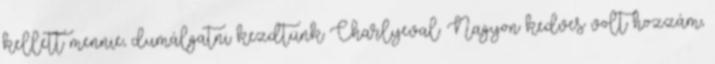
kellett mennie, dumálgatni kezdtünk Charlyeval. Nagyon kedves volt hozzám,